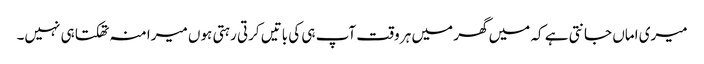
میری اماں جانتی ہے کہ میں گھر میں ہر وقت آپ ہی کی باتیں کرتی رہتی ہوں میرا منہ تھکتا ہی نہیں۔